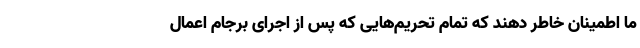
ما اطمینان خاطر دهند که تمام تحریم‌هایی که پس از اجرای برجام اعمال